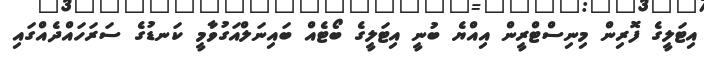
އިޓަލީގެ ފޮރިން މިނިސްޓްރީން އިއްޔެ ބުނީ އިޓަލީގެ ބޯޓެއް ބައިނަލްއަގުވާމީ ކަނޑުގެ ސަރަހައްދެއްގައި